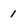
Character: 1